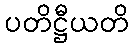
ပတိဋ္ဌီယတိ